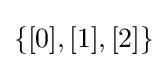
\{[0],[1],[2]\}